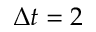
\Delta t = 2